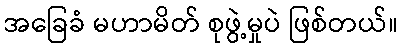
အခြေခံ မဟာမိတ် စုဖွဲ့မှုပဲ ဖြစ်တယ်။